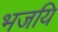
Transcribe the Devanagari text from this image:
भजयि